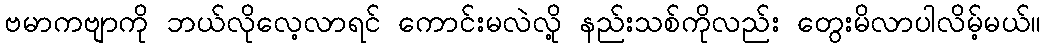
ဗမာကဗျာကို ဘယ်လိုလေ့လာရင် ကောင်းမလဲလို့ နည်းသစ်ကိုလည်း တွေးမိလာပါလိမ့်မယ်။